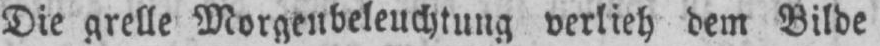
Die grelle Morgenbeleuchtung verlieh dem Bilde